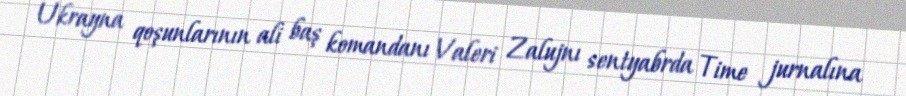
Ukrayna qoşunlarının ali baş komandanı Valeri Zalujnı sentyabrda Time jurnalına